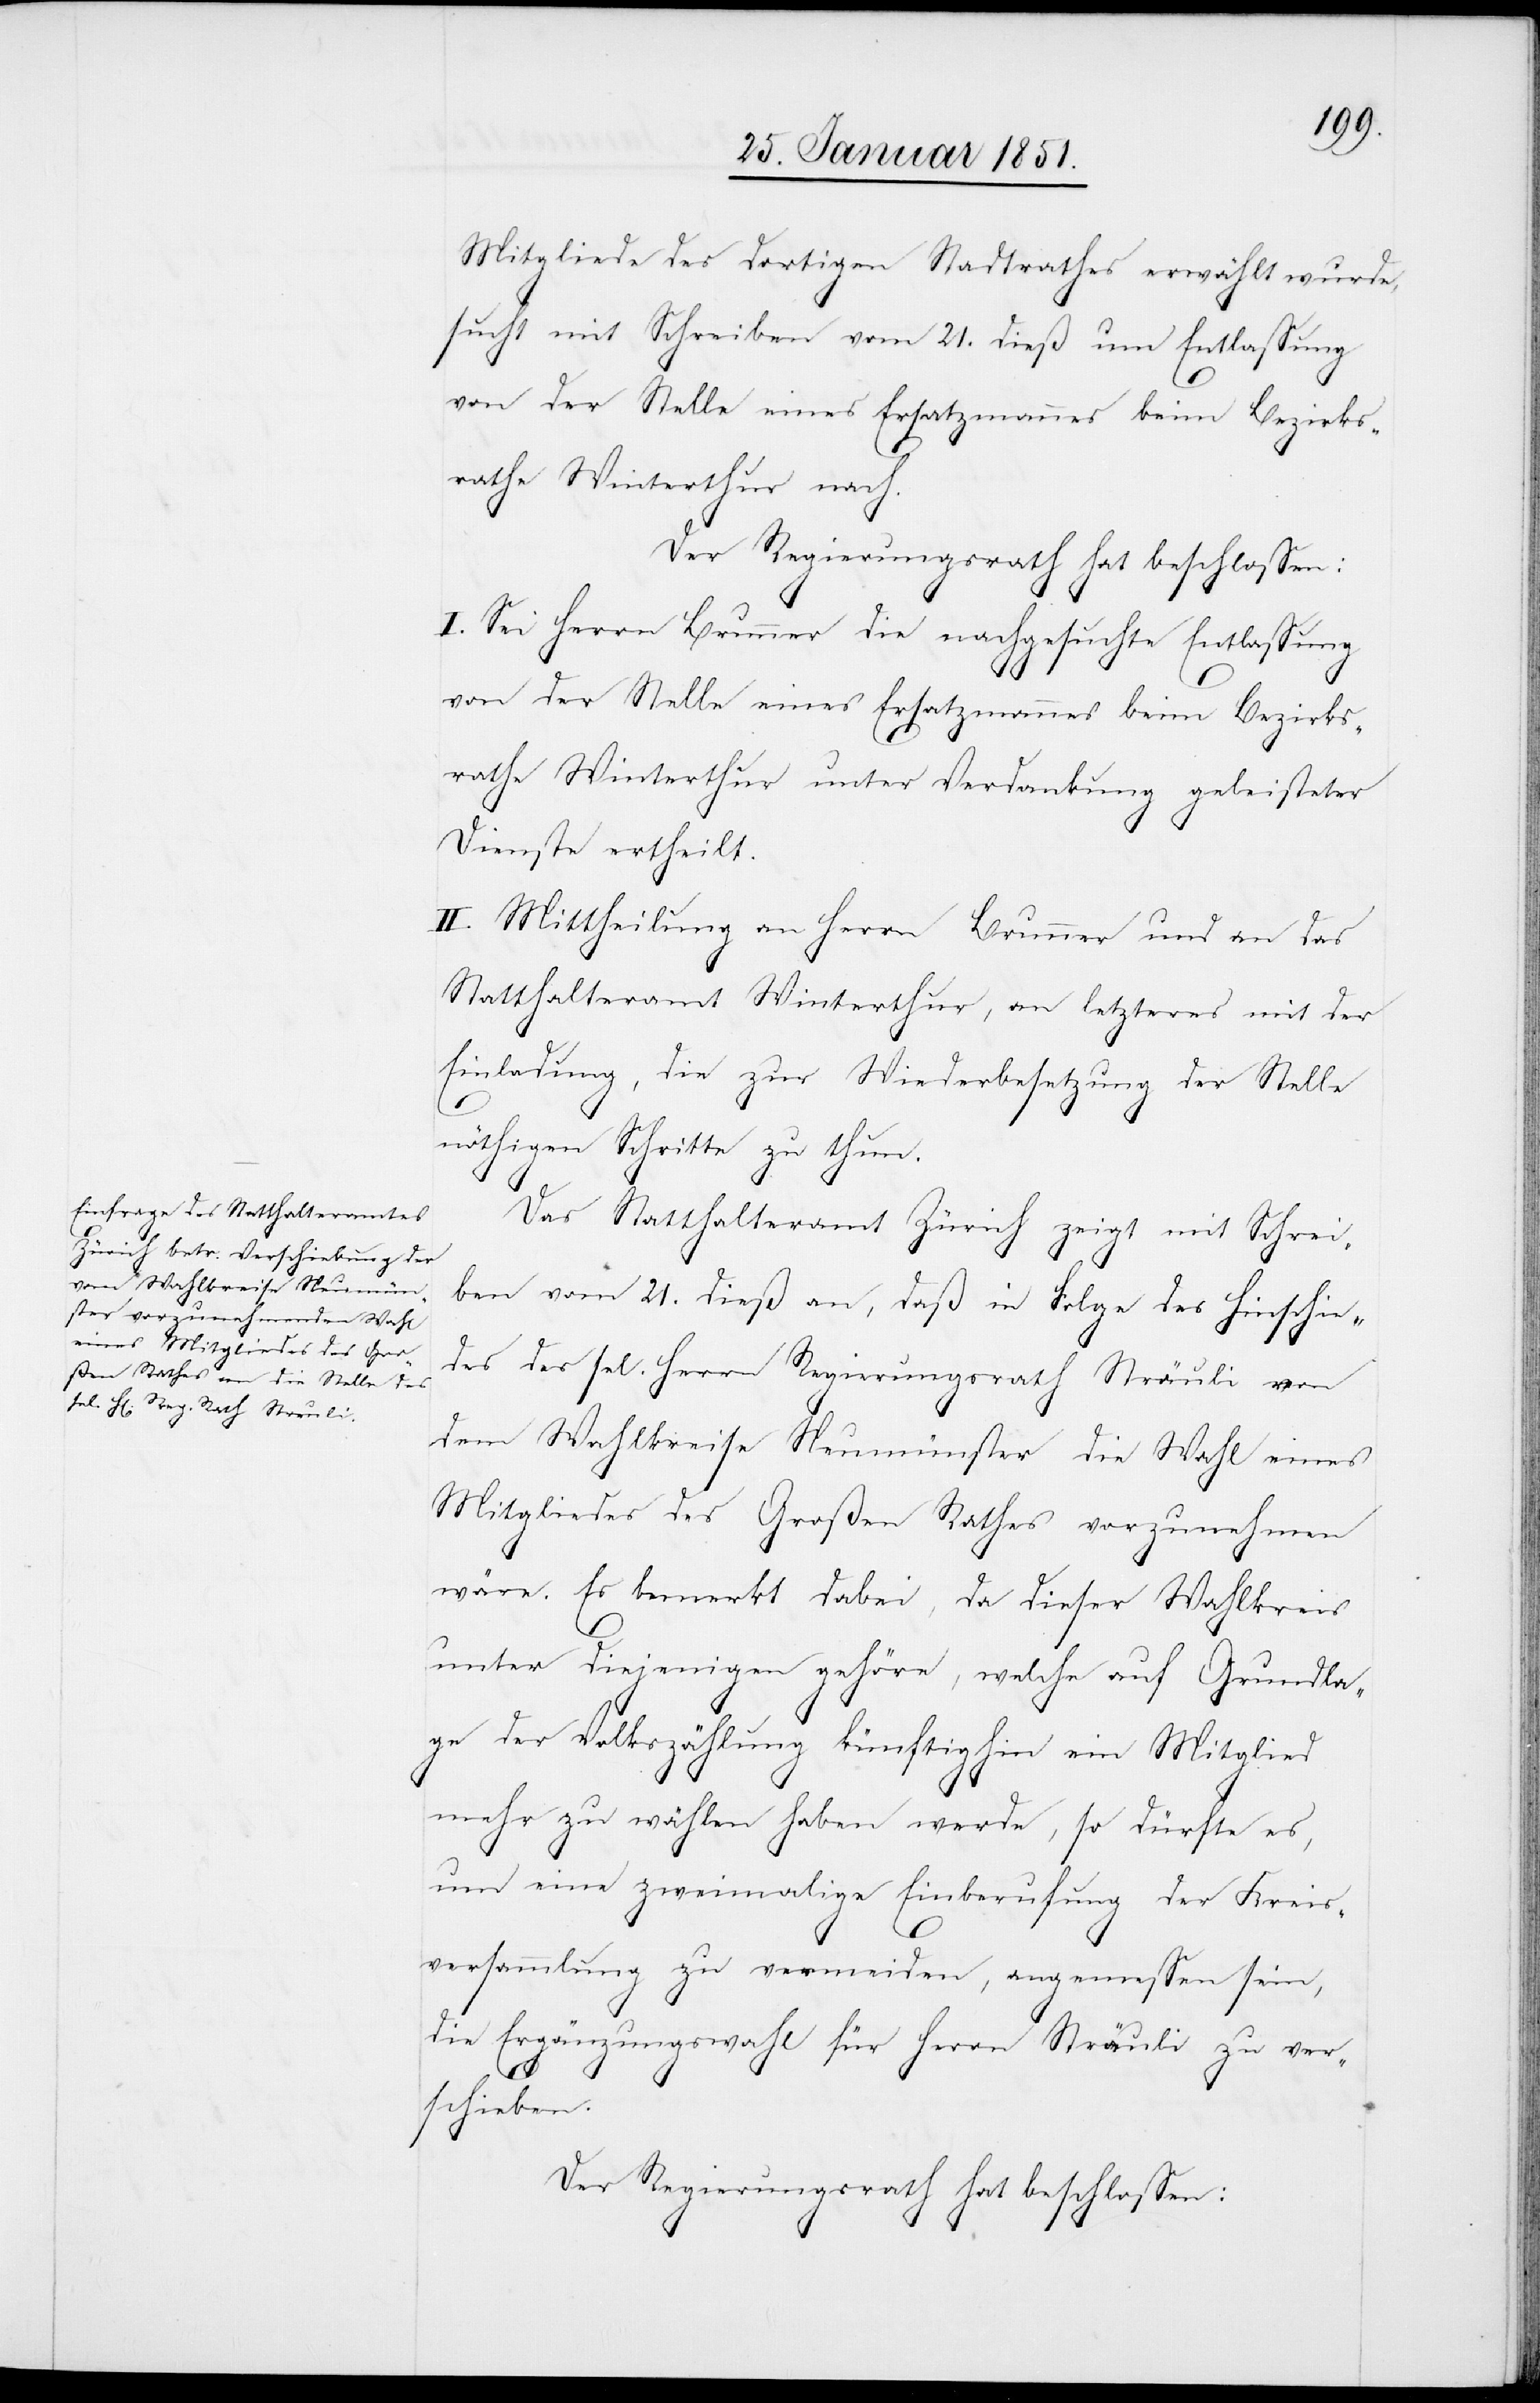
Mitgliede des dortigen Stadtrathes erwählt wurde,
sucht mit Schreiben vom 21. dieß um Entlassung
von der Stelle eines Ersatzmannes beim Bezirks¬
rathe Winterthur nach.
Der Regierungsrath hat beschlossen:
I. Sei Herrn Brunner die nachgesuchte Entlassung
von der Stelle eines Ersatzmannes beim Bezirks¬
rathe Winterthur unter Verdankung geleisteter
Dienste ertheilt.
II. Mittheilung an Herrn Brunner und an das
Statthalteramt Winterthur, an letzteres mit der
Einladung, die zur Wiederbesetzung der Stelle
nöthigen Schritte zu thun.
Das Statthalteramt Zürich zeigt mit Schrei¬
ben vom 21. dieß an, daß in Folge des Hinschie¬
des des sel. Herrn Regierungsrath Sträuli
dem Wahlkreise Neumünster die Wahl eines
Mitgliedes des Großen Rathes vorzunehmen
wäre. Es bemerkt dabei, da dieser Wahlkreis
unter diejenigen gehöre, welche auf Grundla¬
ge der Volkszählung künftighin ein Mitglied
mehr zu wählen haben werde, so dürfte es,
um eine zweimalige Einberufung der Kreis¬
versammlung zu vermeiden, angemessen sein,
die Ergänzungswahl für Herrn Sträuli zu ver¬
schieben.
Der Regierungsrath hat beschlossen: